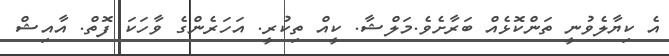
އެ ކިޔާލެވުނީ ތަންކޮޅެއް ބަރާށެވެ.މަލްޝާ. ކީއް ތިކުރީ. އަހަރެންގެ ވާހަކަ ފޮތް. އާއިޝް